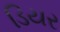
ડિયર